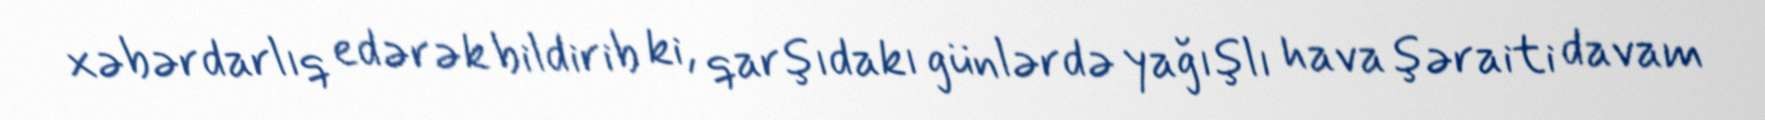
xəbərdarlıq edərək bildirib ki, qarşıdakı günlərdə yağışlı hava şəraiti davam